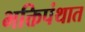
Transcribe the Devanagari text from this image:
भक्तिपंथात